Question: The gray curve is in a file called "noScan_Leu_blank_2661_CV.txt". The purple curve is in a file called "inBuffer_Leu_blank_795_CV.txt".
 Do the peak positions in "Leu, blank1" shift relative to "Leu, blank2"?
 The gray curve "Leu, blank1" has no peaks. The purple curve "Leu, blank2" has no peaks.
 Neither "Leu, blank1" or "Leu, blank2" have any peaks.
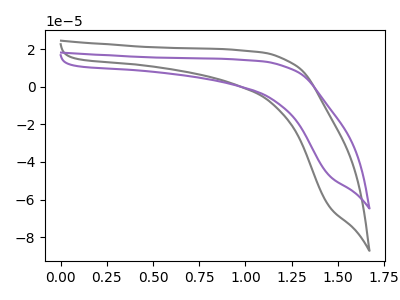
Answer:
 <answer>No, "Leu, blank1" and "Leu, blank2" don't appear to be significantly different in shape</answer>
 <eval>no_change</eval>